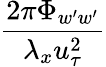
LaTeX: \frac{2\pi\Phi_{w^{\prime}w^{\prime}}}{\lambda_{x}u_{\tau}^{2}}